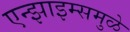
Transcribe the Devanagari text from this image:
एन्झाइम्समुळे